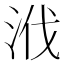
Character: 浌